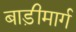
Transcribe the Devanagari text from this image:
बाड़ीमार्ग